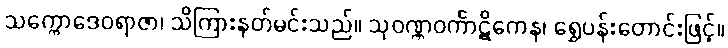
သက္ကောဒေဝရာဇာ၊ သိကြားနတ်မင်းသည်။ သုဝဏ္ဏဝင်္ကာဋိကေန၊ ရွှေပန်းတောင်းဖြင့်။